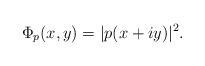
LaTeX: \begin{align*} \Phi_p(x,y)=\vert{p(x+iy)}\vert^2. \end{align*}